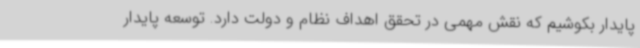
پایدار بکوشیم که نقش مهمی در تحقق اهداف نظام و دولت دارد. توسعه پایدار